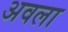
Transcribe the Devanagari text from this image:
अवला